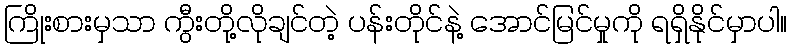
ကြိုးစားမှသာ ကွီးတို့လိုချင်တဲ့ ပန်းတိုင်နဲ့ အောင်မြင်မှုကို ရရှိနိုင်မှာပါ။